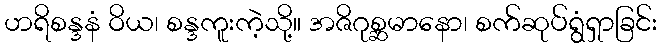
ဟရိစန္ဒနံ ဝိယ၊ စန္ဒကူးကဲ့သို့။ အဇိဂုစ္ဆမာနော၊ စက်ဆုပ်ရွံရှာခြင်း